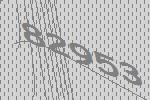
82953